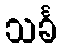
သင်္ခ